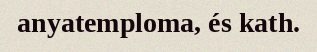
anyatemploma, és kath.